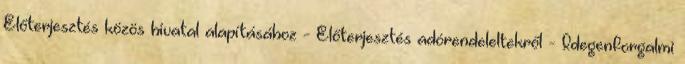
Előterjesztés közös hivatal alapításához - Előterjesztés adórendeleltekről - Idegenforgalmi